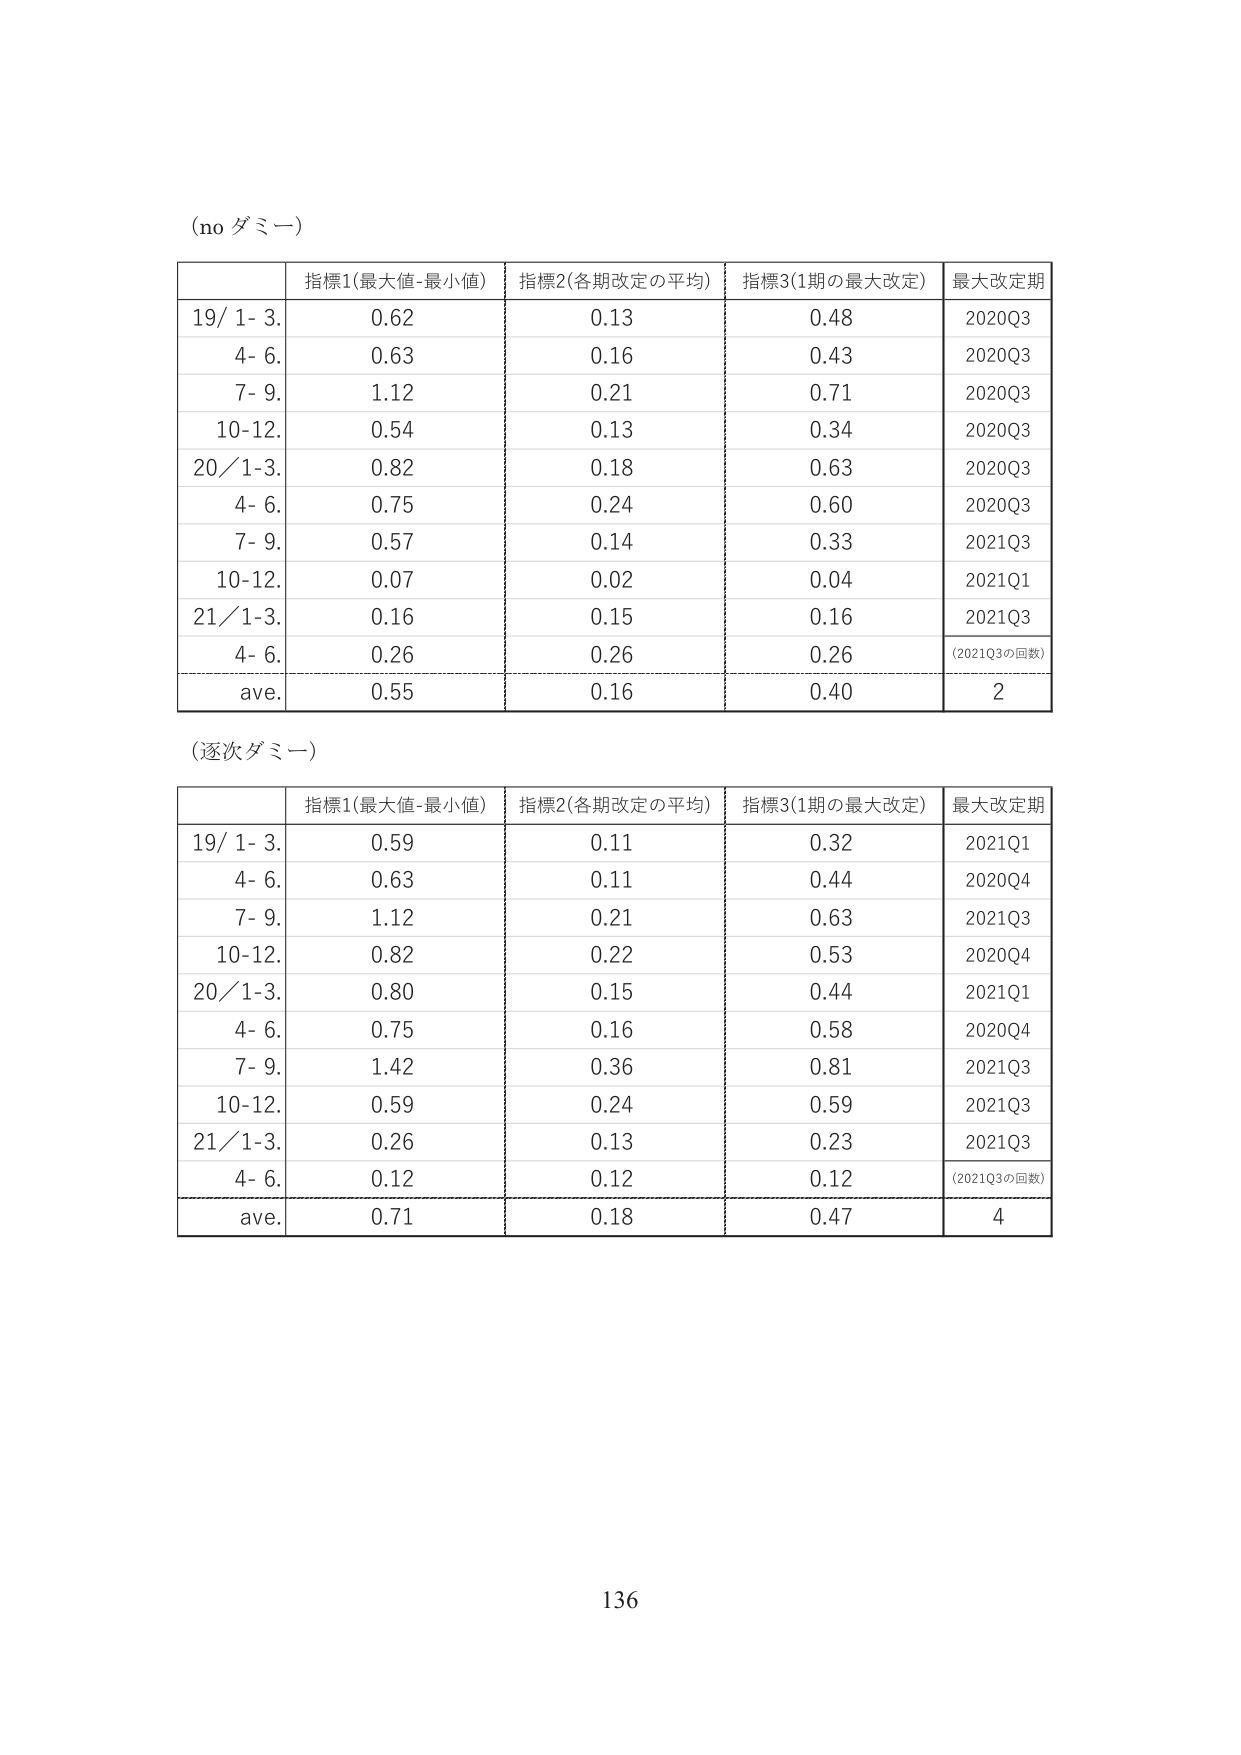
(no ダミー)

| | 指標1(最大値-最小値) | 指標2(各期改定の平均) | 指標3(1期の最大改定) | 最大改定期 |
|---|---|---|---|---|
| 19/ 1- 3. | 0.62 | 0.13 | 0.48 | 2020Q3 |
| 4- 6. | 0.63 | 0.16 | 0.43 | 2020Q3 |
| 7- 9. | 1.12 | 0.21 | 0.71 | 2020Q3 |
| 10-12. | 0.54 | 0.13 | 0.34 | 2020Q3 |
| 20/ 1-3. | 0.82 | 0.18 | 0.63 | 2020Q3 |
| 4- 6. | 0.75 | 0.24 | 0.60 | 2020Q3 |
| 7- 9. | 0.57 | 0.14 | 0.33 | 2021Q3 |
| 10-12. | 0.07 | 0.02 | 0.04 | 2021Q1 |
| 21/ 1-3. | 0.16 | 0.15 | 0.16 | 2021Q3 |
| 4- 6. | 0.26 | 0.26 | 0.26 | (2021Q3の回数) |
| ave. | 0.55 | 0.16 | 0.40 | 2 |

(逐次ダミー)

| | 指標1(最大値-最小値) | 指標2(各期改定の平均) | 指標3(1期の最大改定) | 最大改定期 |
|---|---|---|---|---|
| 19/ 1- 3. | 0.59 | 0.11 | 0.32 | 2021Q1 |
| 4- 6. | 0.63 | 0.11 | 0.44 | 2020Q4 |
| 7- 9. | 1.12 | 0.21 | 0.63 | 2021Q3 |
| 10-12. | 0.82 | 0.22 | 0.53 | 2020Q4 |
| 20/ 1-3. | 0.80 | 0.15 | 0.44 | 2021Q1 |
| 4- 6. | 0.75 | 0.16 | 0.58 | 2020Q4 |
| 7- 9. | 1.42 | 0.36 | 0.81 | 2021Q3 |
| 10-12. | 0.59 | 0.24 | 0.59 | 2021Q3 |
| 21/ 1-3. | 0.26 | 0.13 | 0.23 | 2021Q3 |
| 4- 6. | 0.12 | 0.12 | 0.12 | (2021Q3の回数) |
| ave. | 0.71 | 0.18 | 0.47 | 4 |

136